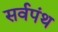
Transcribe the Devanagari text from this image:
सर्वपंथ